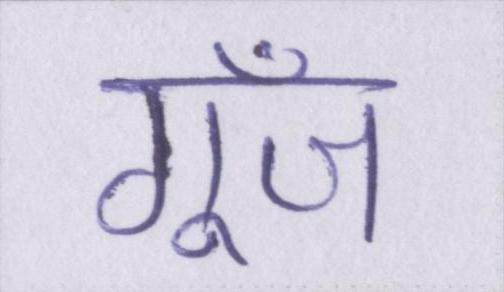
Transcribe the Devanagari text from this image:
गूँज